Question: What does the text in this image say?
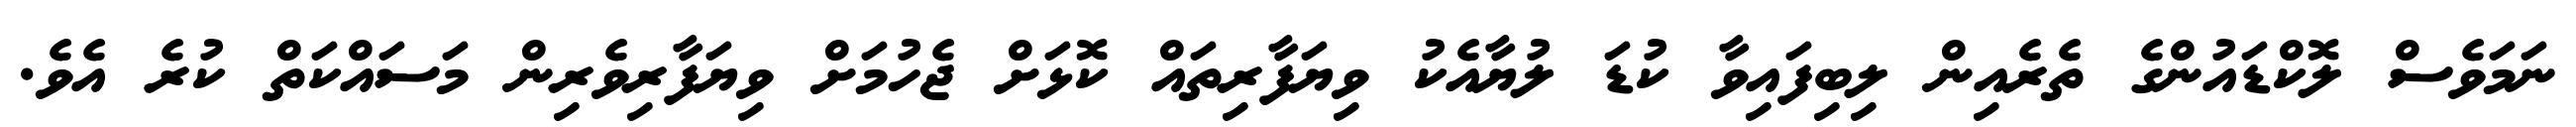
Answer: ނަމަވެސް ލޮކްޑައުންގެ ތެރެއިން ލިބިފައިވާ ކުޑަ ލުޔާއެކު ވިޔަފާރިތައް ކޮޅަށް ޖެހުމަށް ވިޔަފާރިވެރިން މަސައްކަތް ކުރެ އެވެ.